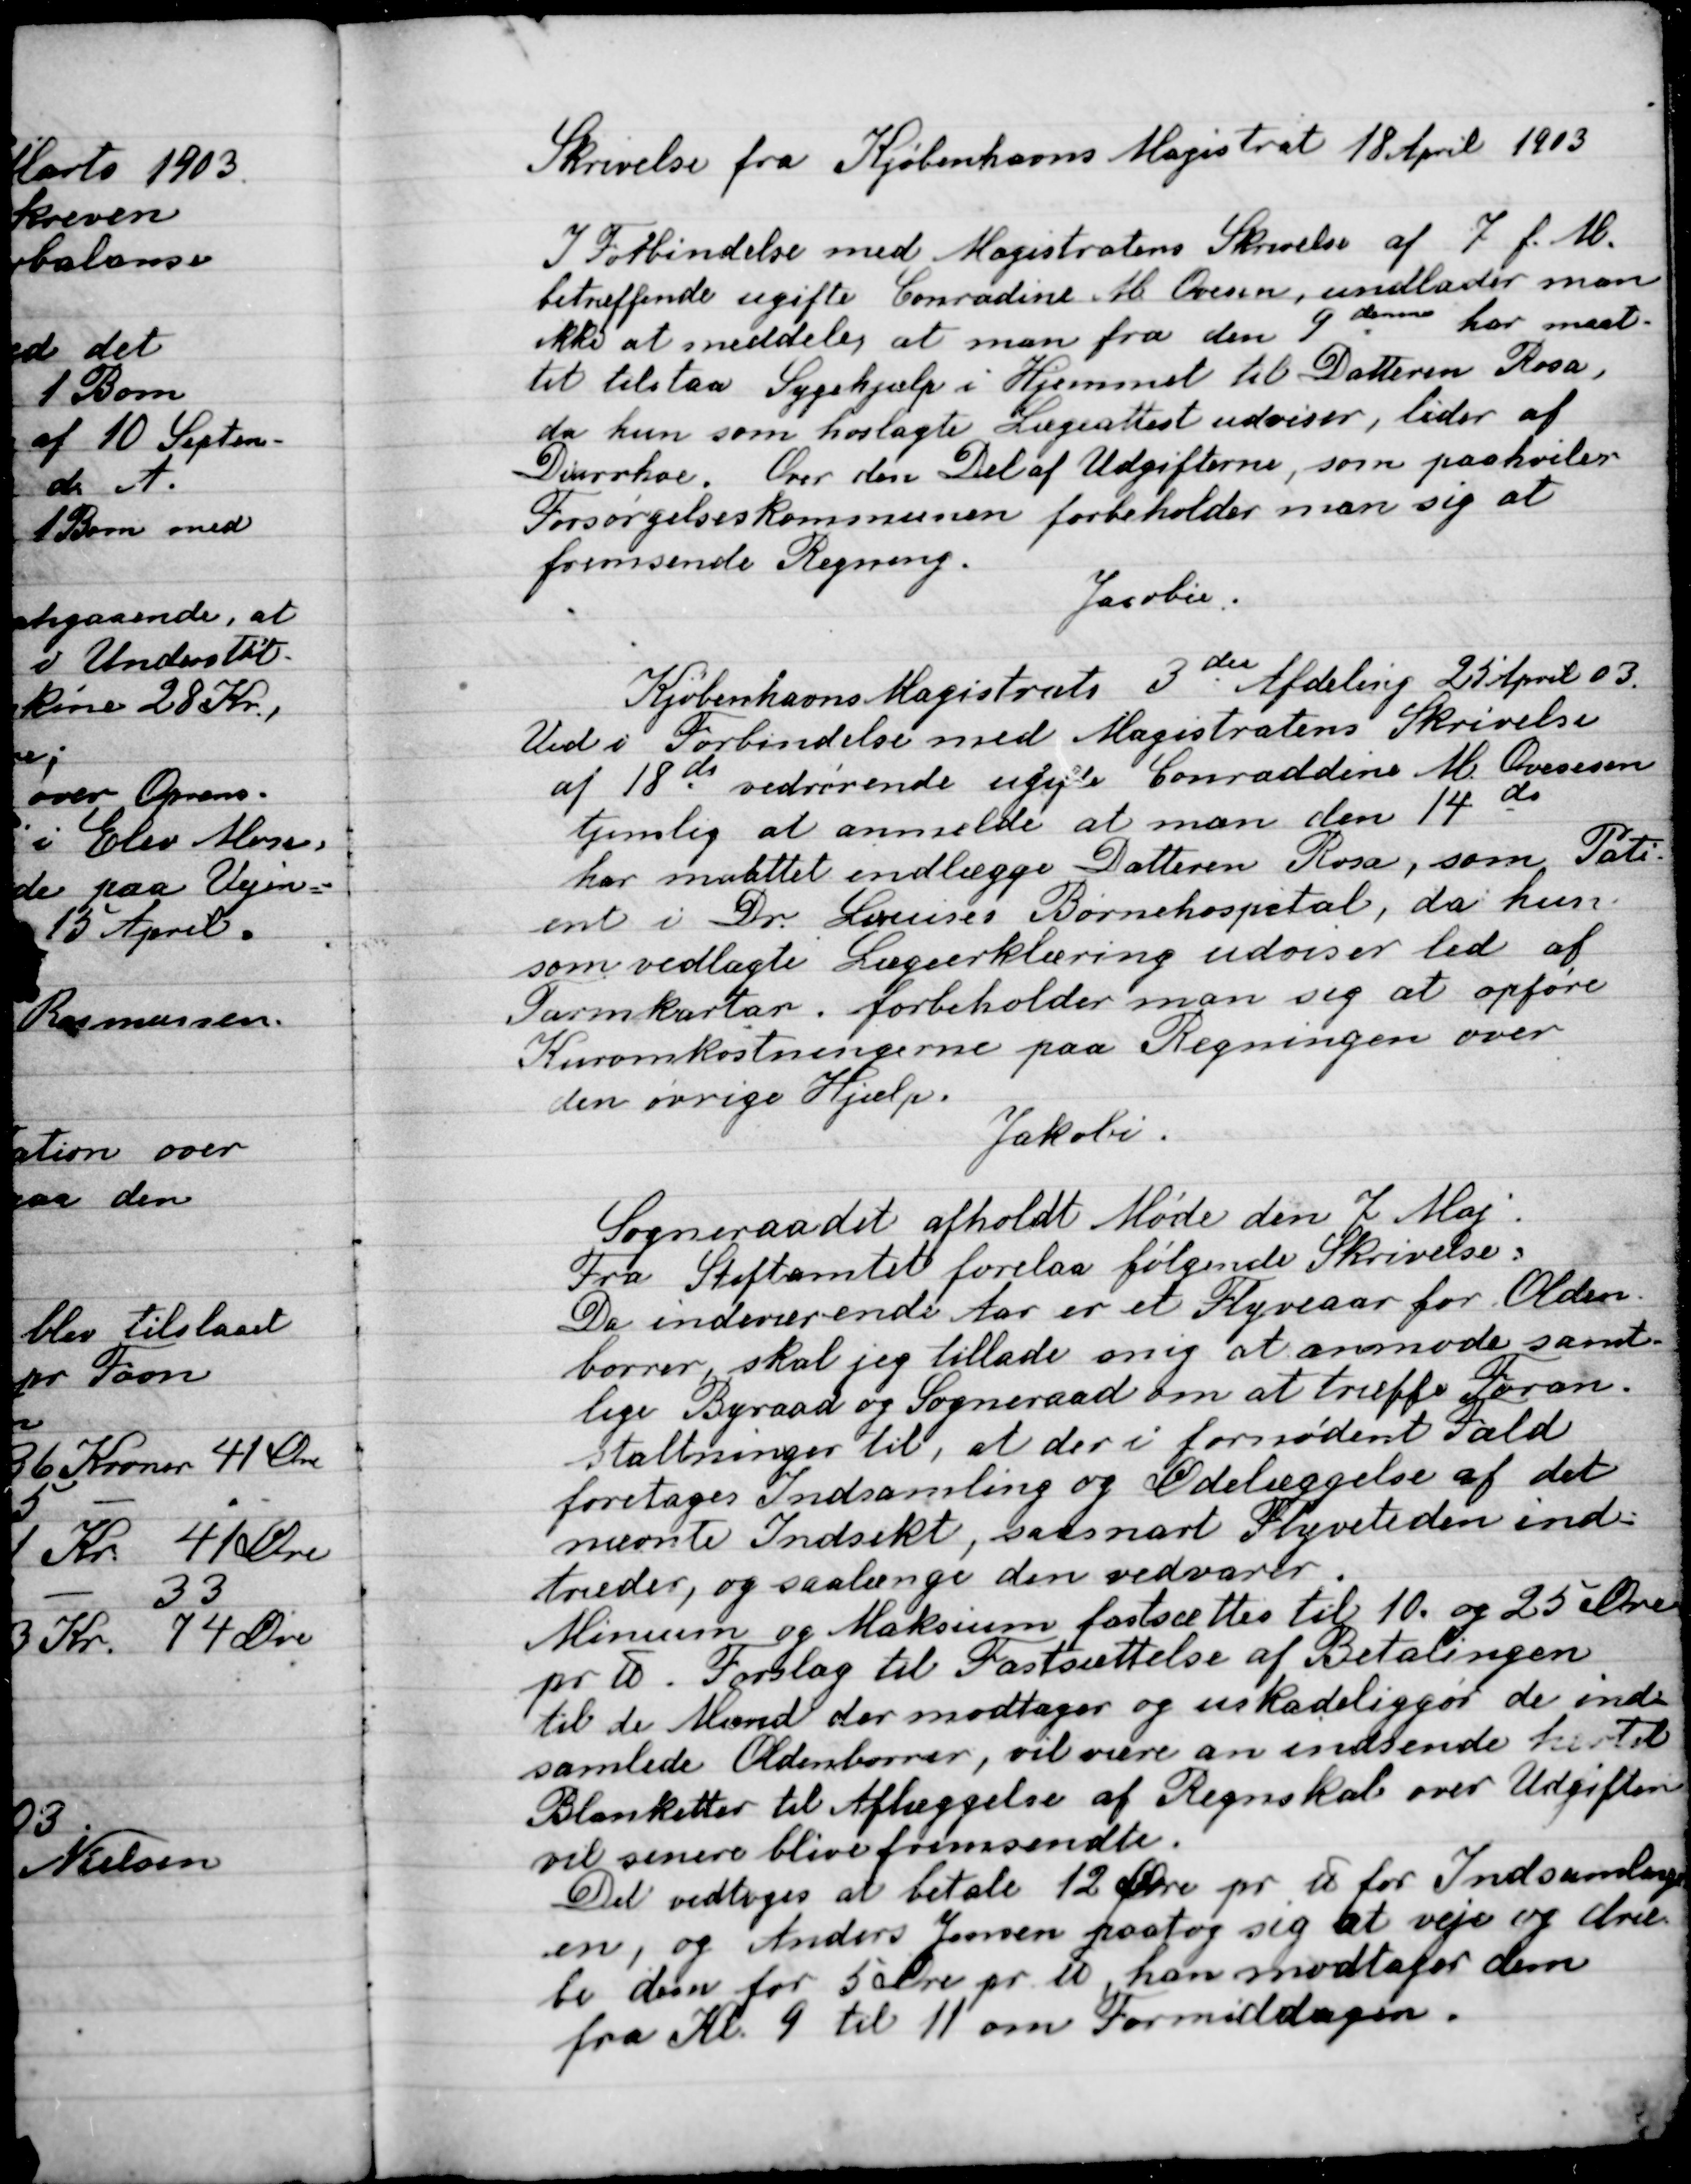
Transskription:
Skrivelse fra Kjøbenhavns Magistrat 18 April 1903

I Forbindelse med Magistratens Skrivelse af 7 f. M.
Betrefende ugifte Comradine M. Ovesen, undlader man
Ikke at meddele at man fra den 9 dennes har maat-
tet tilstaa Sygehjælp i hjemmet til Datteren Rosa,
da hun som hoslagte Lægeattest udviser, lider af
Diarrhae. Over den Del af Udgifterne, som paahviler
Forsørgelseskommunen forbeholder man sig at
fremsende Regning.
Jacobie.

Kjøbenhavns Magistrats 3die Afdeling 25 April  03.
Ved i Forbindelse med Magistratens Skrivelse
af 18 ds. Vedrørende udgifts Conradine M. Ovesen
tjenstlig at anmelde at mam den 14de
har maatet indlægge Datteren Rosa, som Pati-
ent i Dr. Larsens Børnehospital, da hun
som vedlagte Lægeerklæring udviser led af
Tarmkatar. Forbeholder man sig at opføre
Kuromkostningen paa Regningen over
den øvrige Hjælp.
Jacobie

Sogneraadet afholdt Møde den 7 Maj.
Fra Stiftamtet forelaa følgende Skrivelse,
Da indeværende Aar er et Flyveaar for Olden-
borrer skal jeg tillade at anmode samt-
lige Byraad og Sogneraad om at træffe Foran-
staltninger til, at der i fornødent Fald
foretager Indsamling og Ødelæggelse af det
nævnte Insekt, saasnart Flyvetiden inde-
træder, og saalænge den vedvarer.
Minimum og Maksimum fastsættes til 10 og 25 Alen
pr. u. Forslag til fastsættelse af Betalingen
til de Mænd der modtager og  uskadeliggøre de ind-
samlede Oldenborrer, vil  være an indsendt hertil
Blanketter til Aflæggelse af Regnskab over Udgiften
Vil senere blive fremsendte.
Det vedtoges at betale 12 Øre pr. u for Indsamling-
en, og Anders Jensen paatog sig at veje og dræ-
be dem for 5 Øre pr u, han modtager dem
fra Kl. 9 til 11 om Formiddagen.